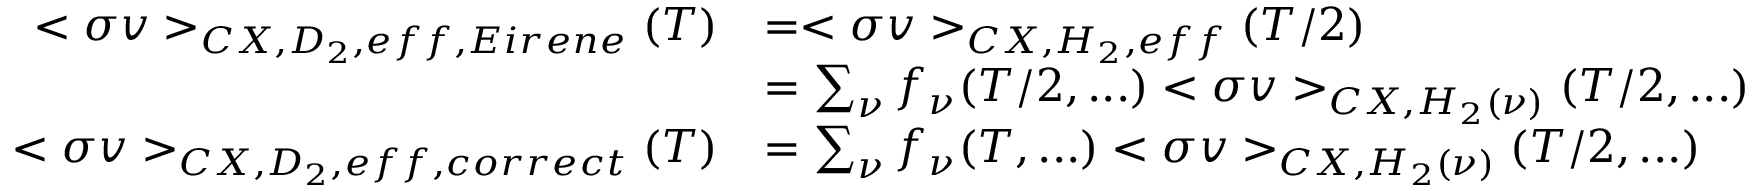
\begin{array} { r l } { < \sigma v > _ { C X , D _ { 2 } , e f f , E i r e n e } ( T ) } & { = < \sigma v > _ { C X , H _ { 2 } , e f f } ( T / 2 ) } \\ & { = \sum _ { \nu } f _ { \nu } ( T / 2 , . . . ) < \sigma v > _ { C X , H _ { 2 } ( \nu ) } ( T / 2 , . . . ) } \\ { < \sigma v > _ { C X , D _ { 2 } , e f f , c o r r e c t } ( T ) } & { = \sum _ { \nu } f _ { \nu } ( T , . . . ) < \sigma v > _ { C X , H _ { 2 } ( \nu ) } ( T / 2 , . . . ) } \end{array}